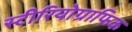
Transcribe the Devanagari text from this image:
स्टीरियोग्राफिक